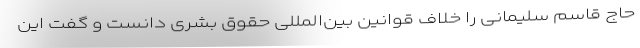
حاج قاسم سلیمانی را خلاف قوانین بین‌المللی حقوق بشری دانست و گفت این